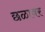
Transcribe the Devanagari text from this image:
छळावर